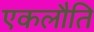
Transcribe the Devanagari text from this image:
एकलौति